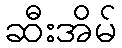
ဆီးအိမ်